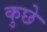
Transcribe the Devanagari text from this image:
कुछे